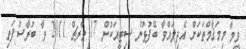
ވީމާ މިމަޤާމްތަކަށް އެދިލައްވާ ބޭފުޅުން ސިޓީއަކުން 17 މާރޗް 2011 ވާ ބުރާސްފަތި